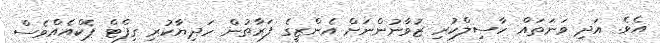
އެވެ. އަދި ވަނަތައް ހާސިލްކުރި ޒުވާނުންނަށް އެންޒީގެ ފަރާތުން ހަދިޔާކުރި ގިފްޓް ޕެކްއެއްވެސް